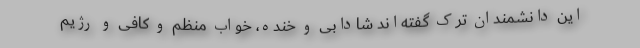
این دانشمندان ترک گفته‌اند شادابی و خنده، خواب منظم و کافی و رژیم